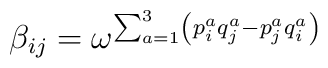
\beta _{ij}=\omega ^{\sum_{a=1}^{3}\left(p_{i}^{a}q_{j}^{a}-p_{j}^{a}q_{i}^{a}\right) }